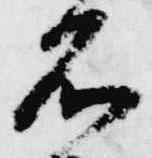
不